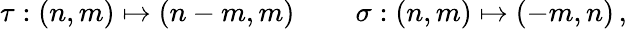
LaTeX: \tau:(n,m)\mapsto(n-m,m)\, \qquad\sigma:(n,m)\mapsto(-m,n)\, ,